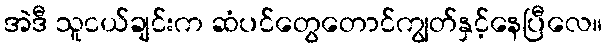
အဲဒီ သူငယ်ချင်းက ဆံပင်တွေတောင်ကျွတ်နှင့်နေပြီလေ။